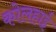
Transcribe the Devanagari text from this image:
कोलहाई